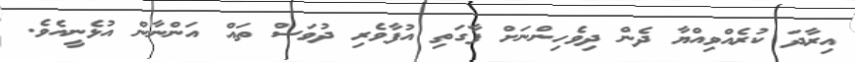
އިރާދަ ކުރެއްވިއްޔާ ދެން ދިވެހިންނަށް ފާގަތި އުފާވެރި ދުވަސް ތައް އަންނާން އުޅެނީއެވެ.